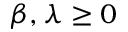
\beta , \lambda \geq 0